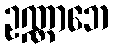
ဥဏ္ဏာဘေ